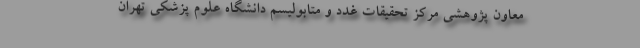
معاون پژوهشی مرکز تحقیقات غدد و متابولیسم دانشگاه علوم پزشکی تهران